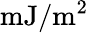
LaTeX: \mathrm{{mJ/m^{2}}}